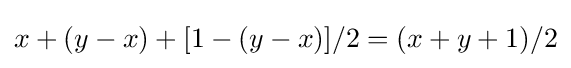
x+(y-x)+[1-(y-x)]/2=(x+y+1)/2